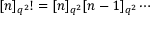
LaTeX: \lbrack n ] _ { q ^ { 2 } } ! = [ n ] _ { q ^ { 2 } } [ n - 1 ] _ { q ^ { 2 } } \cdots